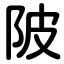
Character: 陂